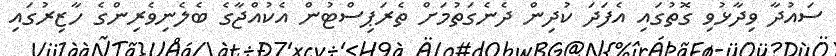
ސައުދާ ވިދާޅުވި ގޮތުގައި އެފަދަ ކުދިން ދެނެގަތުމަށް ތެރަޕިސްޓުން އެކުއްޖާގެ ބެލެނިވެރިންގެ ހާޒިރުގައި